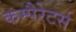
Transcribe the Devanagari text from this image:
कम्पैरेटर्स